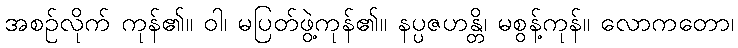
အစဉ်လိုက် ကုန်၏။ ဝါ၊ မပြတ်ဖွဲ့ကုန်၏။ နပ္ပဇဟန္တိ၊ မစွန့်ကုန်။ လောကတော၊